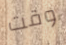
وقت